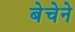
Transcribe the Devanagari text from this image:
बेचेने